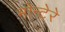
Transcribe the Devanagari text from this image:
मोन्टेरे